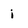
Character: i